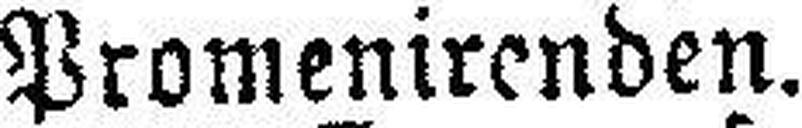
Promenirenden.